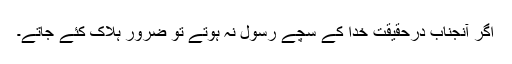
اگر آنجناب درحقیقت خدا کے سچے رسول نہ ہوتے تو ضرور ہلاک کئے جاتے۔